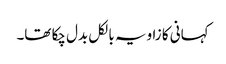
کہانی کا زاویہ بالکل بدل چکا تھا۔